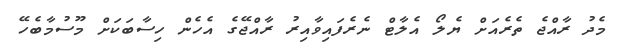
މެދު ރާއްޖެ ތެރެއަށް ޔެލޯ އެލާޓް ނެރެފައިވާއިރު ރާއްޖޭގެ އެހެން ހިސާބަކަށް މޫސުމާބެހޭ